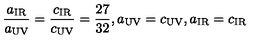
\frac { a _ { \mathrm { I R } } } { a _ { \mathrm { U V } } } = \frac { c _ { \mathrm { I R } } } { c _ { \mathrm { U V } } } = \frac { 2 7 } { 3 2 } , a _ { \mathrm { U V } } = c _ { \mathrm { U V } } , a _ { \mathrm { I R } } = c _ { \mathrm { I R } }